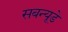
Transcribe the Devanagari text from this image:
सबन्यूडे